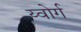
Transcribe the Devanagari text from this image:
य्वोर्ग